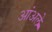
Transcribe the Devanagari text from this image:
आंअले